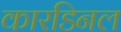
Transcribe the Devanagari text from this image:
कारडिनल